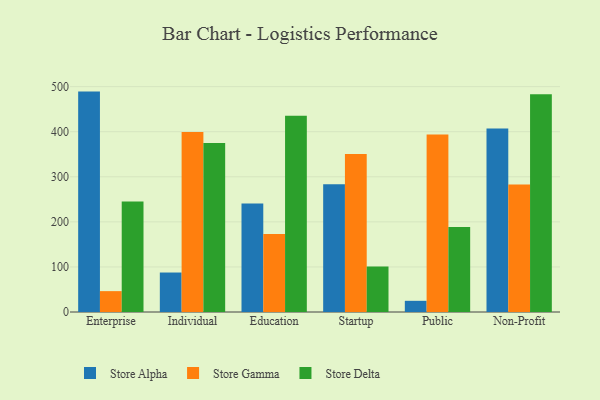
{"axis": {"x": "Segment", "y": "Population (Million)"}, "legend": ["Store Alpha", "Store Delta", "Store Gamma"], "data": [{"x": "Enterprise", "y": 489.0, "type": "Store Alpha"}, {"x": "Enterprise", "y": 46.3, "type": "Store Gamma"}, {"x": "Enterprise", "y": 245.0, "type": "Store Delta"}, {"x": "Individual", "y": 87.6, "type": "Store Alpha"}, {"x": "Individual", "y": 399.4, "type": "Store Gamma"}, {"x": "Individual", "y": 374.7, "type": "Store Delta"}, {"x": "Education", "y": 240.8, "type": "Store Alpha"}, {"x": "Education", "y": 173.0, "type": "Store Gamma"}, {"x": "Education", "y": 435.5, "type": "Store Delta"}, {"x": "Startup", "y": 283.4, "type": "Store Alpha"}, {"x": "Startup", "y": 350.8, "type": "Store Gamma"}, {"x": "Startup", "y": 100.9, "type": "Store Delta"}, {"x": "Public", "y": 24.8, "type": "Store Alpha"}, {"x": "Public", "y": 393.7, "type": "Store Gamma"}, {"x": "Public", "y": 188.8, "type": "Store Delta"}, {"x": "Non-Profit", "y": 406.9, "type": "Store Alpha"}, {"x": "Non-Profit", "y": 283.0, "type": "Store Gamma"}, {"x": "Non-Profit", "y": 483.1, "type": "Store Delta"}]}